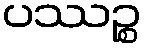
ပဿဉ္စ